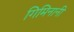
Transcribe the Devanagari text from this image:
गिमिनानी